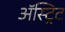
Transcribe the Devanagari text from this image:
अॅस्ट्रिट